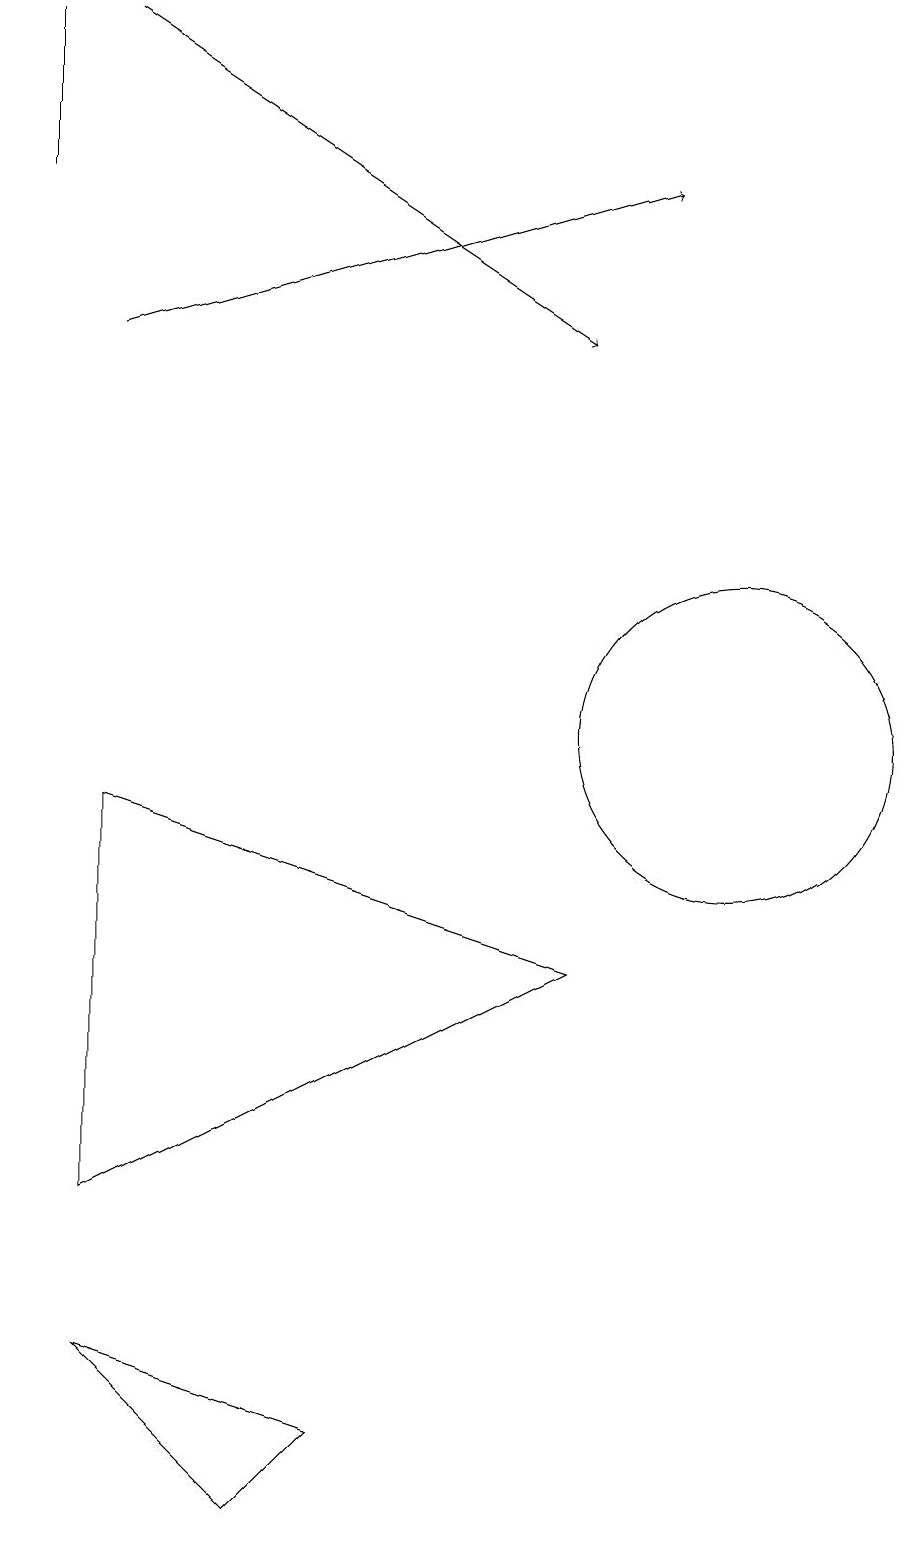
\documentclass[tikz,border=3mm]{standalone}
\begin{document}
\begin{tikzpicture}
\draw (1,17) rectangle (1,19);
\draw (10,12) circle (0);
\draw (10,10) circle (2);
\draw[->] (2,19) -- (8,15);
\draw (5,1) -- (4,0) -- (2,2) -- cycle;
\draw (2,4) -- (2,9) -- (8,7) -- cycle;
\draw[->] (2,15) -- (9,17);
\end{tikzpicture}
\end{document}